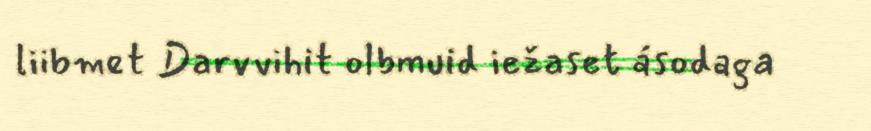
liibmet Darvvihit olbmuid iežaset ásodaga